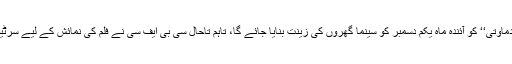
خیال رہے کہ’ ’پدماوتی‘‘ کو آئندہ ماہ یکم دسمبر کو سینما گھروں کی زینت بنایا جائے گا، تاہم تاحال سی بی ایف سی نے فلم کی نمائش کے لیے سرٹیفکیٹ جاری نہیں۔